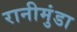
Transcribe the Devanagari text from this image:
रानीमुंडा